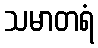
သမာတရံ